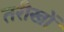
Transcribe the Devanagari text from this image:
तरीखों